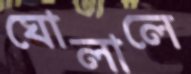
ঘোলালে